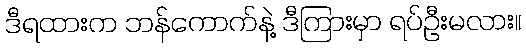
ဒီရထားက ဘန်ကောက်နဲ့ ဒီကြားမှာ ရပ်ဦးမလား။